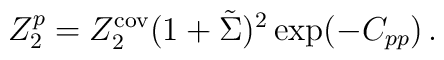
Z_2^p=Z_2^{\mathrm{cov}}(1+\tilde\Sigma)^2\exp(-C_{pp})\,.